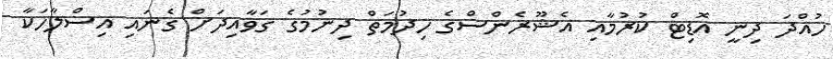
ހުއްދަ ދިނީ އޮޑިޓް ކުރުމާއި އެޝޫރެންސްގެ ހިދުމަތް ދިނުމުގެ ގަވާއިދަށް ގެނައި އިސްލާހަކާ